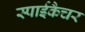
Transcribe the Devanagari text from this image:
स्पाईकैचर